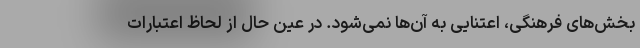
بخش‌های فرهنگی، اعتنایی به آن‌ها نمی‌شود. در عین حال از لحاظ اعتبارات